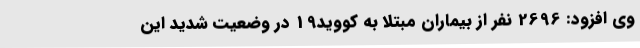
وی افزود: 2696 نفر از بیماران مبتلا به کووید19 در وضعیت شدید این